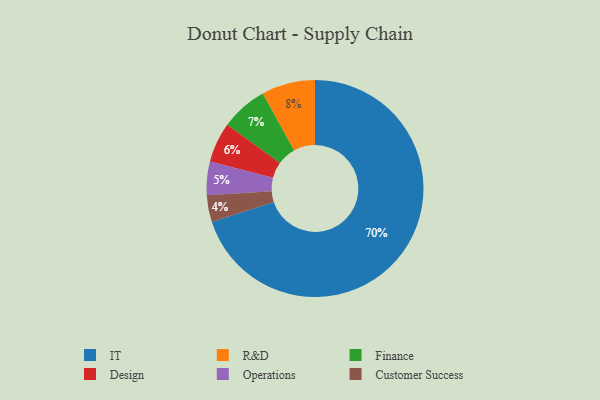
{"axis": {"x": "Category", "y": "Percentage"}, "legend": ["Customer Success", "Design", "Finance", "IT", "Operations", "R&D"], "data": [{"x": "Finance", "y": 7, "type": "Finance"}, {"x": "Customer Success", "y": 4, "type": "Customer Success"}, {"x": "R&D", "y": 8, "type": "R&D"}, {"x": "Operations", "y": 5, "type": "Operations"}, {"x": "Design", "y": 6, "type": "Design"}, {"x": "IT", "y": 70, "type": "IT"}]}